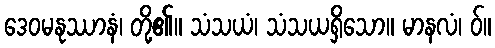
ဒေဝမနုဿာနံ၊ တို့၏။ သံသယံ၊ သံသယရှိသော။ မာနလံ၊ ဝ်။